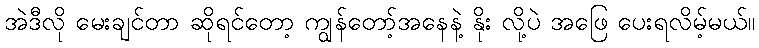
အဲဒီလို မေးချင်တာ ဆိုရင်တော့ ကျွန်တော့်အနေနဲ့ နိုး လို့ပဲ အဖြေ ပေးရလိမ့်မယ်။